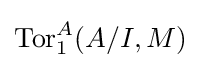
\operatorname {Tor} _{1}^{A}(A/I,M)